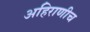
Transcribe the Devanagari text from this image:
अहिराणीच